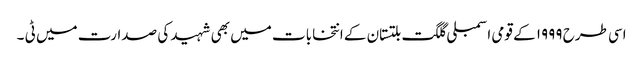
اسی طرح ۱۹۹۹ کے قومی اسمبلی گلگت بلتستان کے انتخابات میں بھی شہید کی صدارت میں ٹی ۔